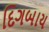
દિગબાય